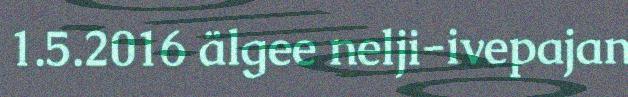
1.5.2016 älgee nelji-ivepajan